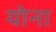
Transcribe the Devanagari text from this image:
योना